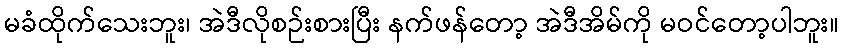
မခံထိုက်သေးဘူး၊ အဲဒီလိုစဉ်းစားပြီး နက်ဖန်တော့ အဲဒီအိမ်ကို မဝင်တော့ပါဘူး။